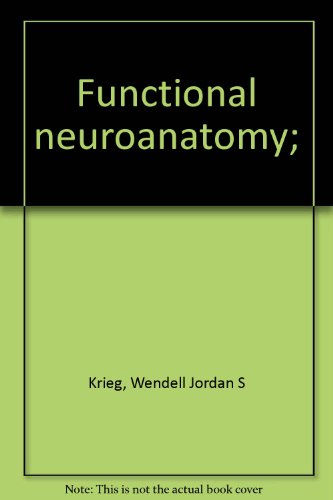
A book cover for Functional Neuroanatomy; Wendell Jordan S Krieg; Medical Books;